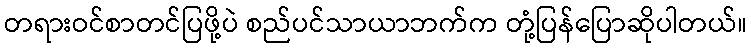
တရားဝင်စာတင်ပြဖို့ပဲ စည်ပင်သာယာဘက်က တုံ့ပြန်ပြောဆိုပါတယ်။